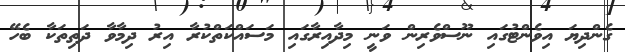
ގެންދިޔަ އިވެންޓުގައި ނޫސްވެރިން ވަނީ މިދާއިރާގައި މަސައްކަތްކުރާ އިރު ދިމާވާ ދަތިތަކާ ބެހޭ